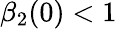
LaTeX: \beta_{2}(0)<1